Annual report of the Bengal Veterinary College, and of the Civil Veterinary Department, Bengal, for the year 1901-1902 - 1901-1902
Year: 1901
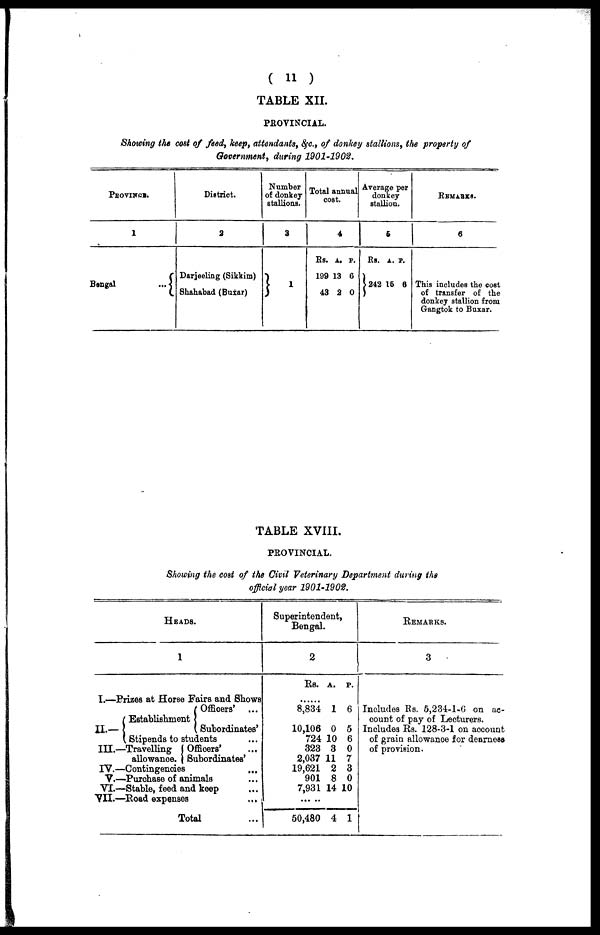
( 11 )
TABLE XII.
PROVINCIAL.
Showing the cost of feed, keep, attendants, &c., of donkey stallions, the property of
Government, during 1901-1902,
PROVINCE.
1
Bengal
...
District.
2
Darjeeling (Sikkim)
Shahabad (Buxar)
Number
of donkey
stallions.
3
1
Total
co
annu
st.
al
4
Rs.
199
43
A.
13
2
P.
6
0
Avera
don
stal
ge p
key
lion
er
.
5
Rs.
242
A.
15
P.
6
REMARKS.
6
This includes the cost
of transfer of the
donkey stallion from
Gangtok to Buxar.
TABLE XVIII.
PROVINCIAL.
Showing the cost of the Civil Veterinary Department during the
official year 1901-1902.
HEADS.
1
I.—Prizes at Horse Fairs and Shows
Officers' ...
Establishment
II.—
Subordinates'
Stipends to students ...
III.—Travelling (Officers' ...
allowanoe. Subordinates'
IV.—Contingencies ...
V.—Purchase of animals ...
VI.—Stable, feed and keep ...
VII.—Road expenses ...
Total ...
Superintendent,
Bengal.
2
Rs.
......
8,834
10,106
724
323
2,037
19,621
901
7,931
50,480
A.
1
0
10
3
11
2
8
14
4
P.
6
5
6
0
7
3
0
10
1
REMARKS.
3
Includes Rs. 5,234-1-6 on ac-
count of pay of Lecturers.
Includes Rs. 128-3-1 on aocount
of grain allowance for dearness
of provision.